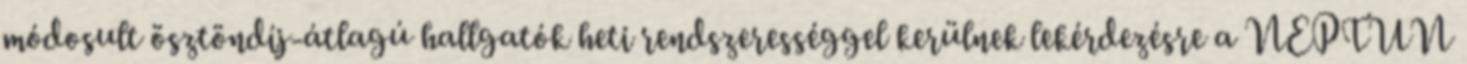
módosult ösztöndíj-átlagú hallgatók heti rendszerességgel kerülnek lekérdezésre a NEPTUN